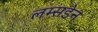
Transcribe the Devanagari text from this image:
लम्सडेन